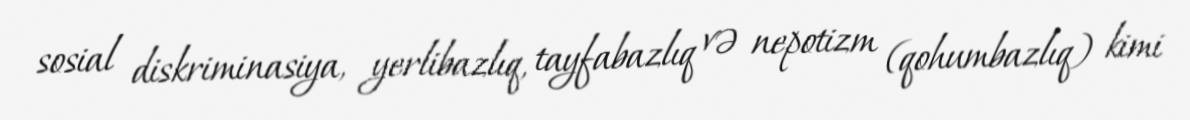
sosial diskriminasiya, yerlibazlıq, tayfabazlıq və nepotizm (qohumbazlıq) kimi